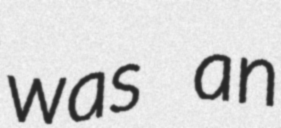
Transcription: was an